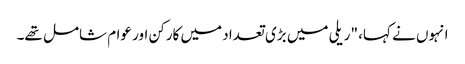
انہوں نے کہا، "ریلی میں بڑی تعداد میں کارکن اور عوام شامل تھے۔